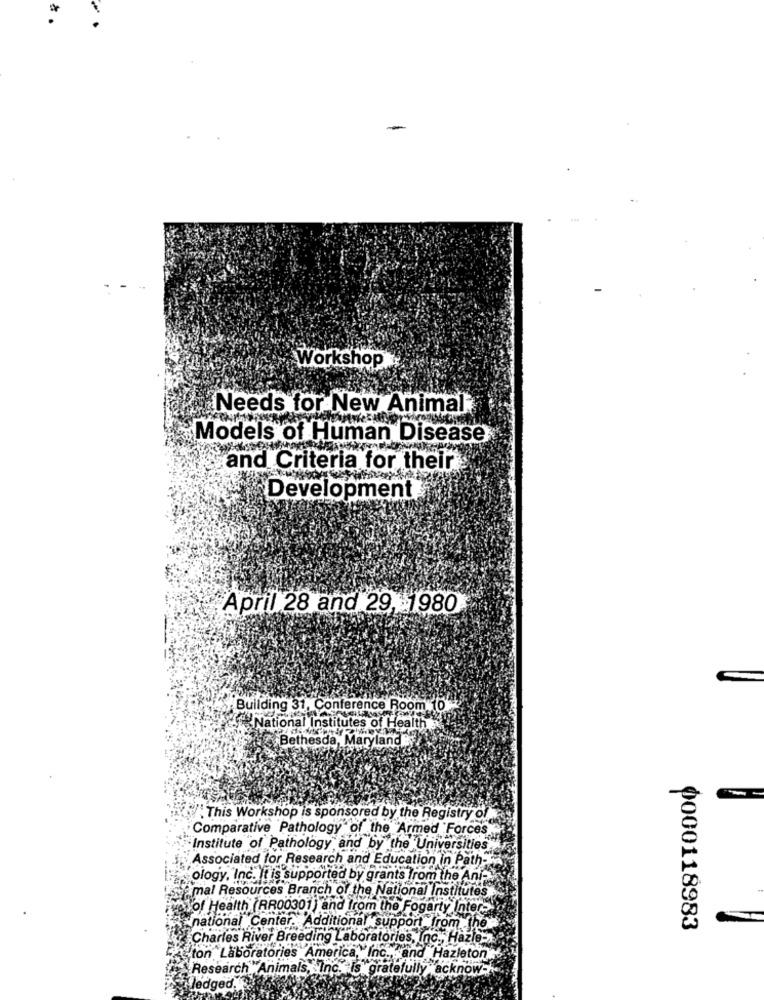
Workshop
Needs for New Animal
Models of Human Disease
and Criteria for their
Development
April 28 and 29, 1980
Building 31, Conference Room 10
National Institutes of Health
Bethesda, Mar
This Workshop is sponsored by the Registry of
Comparative Pathology of the Armed Forces
Institute of Pathology and by the Universities
Associated for Research and Education in Path-
ology, Inc. It is supported by grants from the Ani-
mal Resources Branch of the National Institutes
of Health (RR00301 ) and from the Fogarty Inter-
national Center. Additional support from the
0000118983
Charles River Breeding Laboratories, Inc ., Hazle-
on Laboratories America, Inc ., and Hazleton
Research "Animals, Inc. is gratefully acknow-